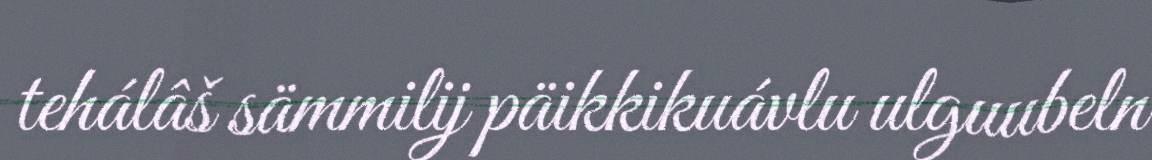
tehálâš sämmilij päikkikuávlu ulguubeln